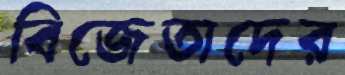
বিজেতাদের